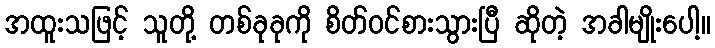
အထူးသဖြင့် သူတို့ တစ်ခုခုကို စိတ်ဝင်စားသွားပြီ ဆိုတဲ့ အခါမျိုးပေါ့။